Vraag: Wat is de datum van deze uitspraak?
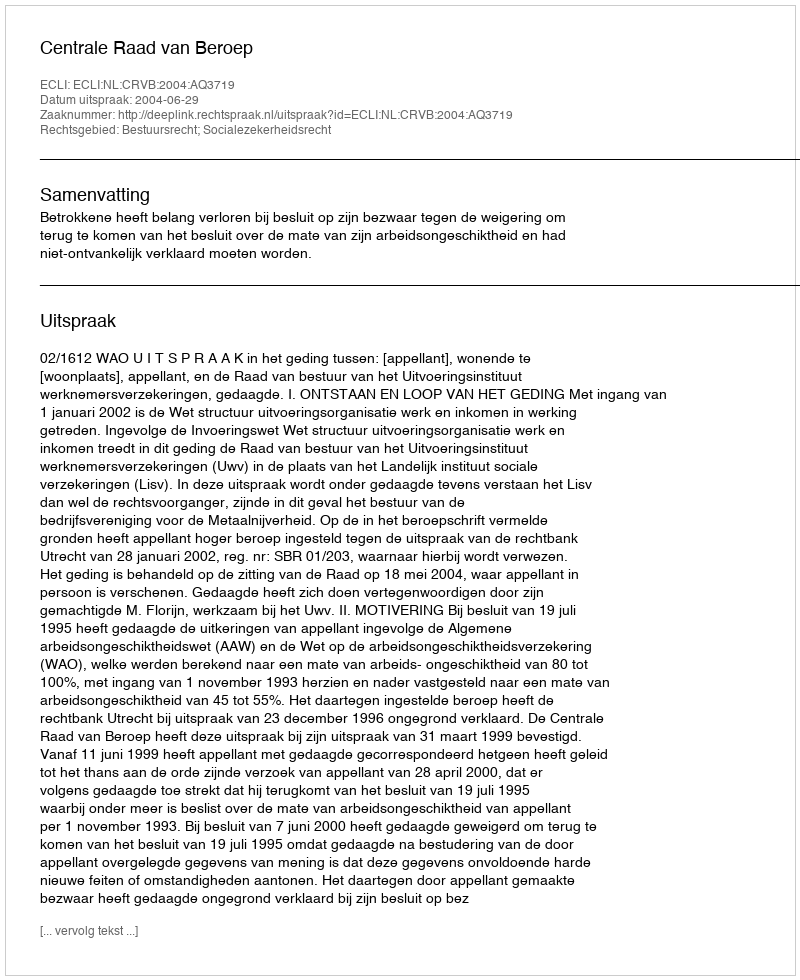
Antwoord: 2004-06-29